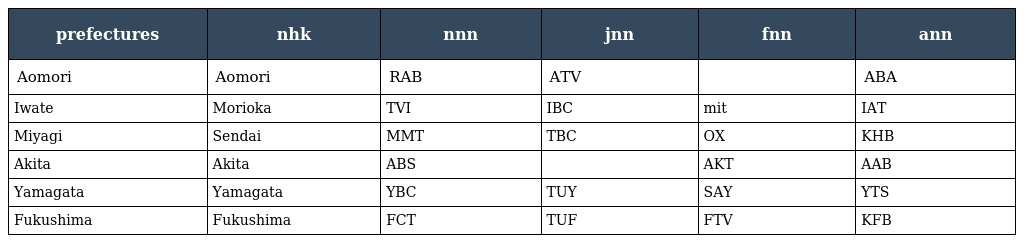
| prefectures | nhk | nnn | jnn | fnn | ann |
 | --- | --- | --- | --- | --- | --- |
 | Aomori | Aomori | RAB | ATV |  | ABA |
 | Iwate | Morioka | TVI | IBC | mit | IAT |
 | Miyagi | Sendai | MMT | TBC | OX | KHB |
 | Akita | Akita | ABS |  | AKT | AAB |
 | Yamagata | Yamagata | YBC | TUY | SAY | YTS |
 | Fukushima | Fukushima | FCT | TUF | FTV | KFB |